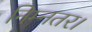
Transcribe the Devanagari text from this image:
निम्नतर।